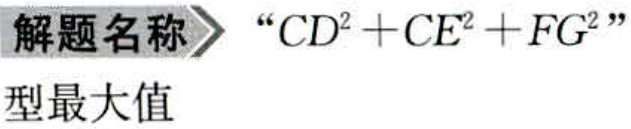
解题名称 $\to$ “$CD^{2}+CE^{2}+FG^{2}$”
型最大值